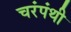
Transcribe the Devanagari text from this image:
चरंपंथी